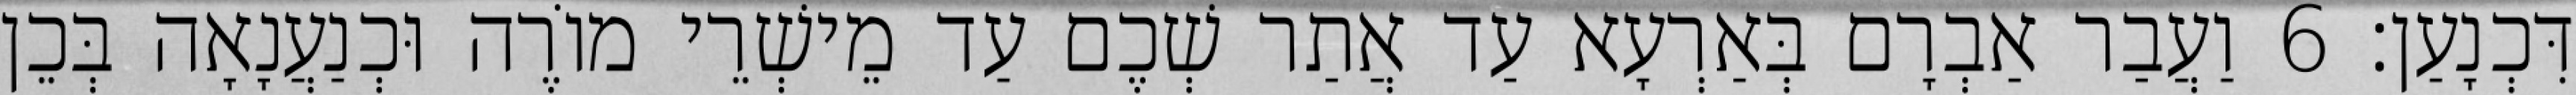
דִּכְנָעַן׃ 6 וַעֲבַר אַבְרָם בְּאַרְעָא עַד אֲתַר שְׁכֶם עַד מֵישְׁרֵי מוֹרֶה וּכְנַעֲנָאָה בְּכֵן